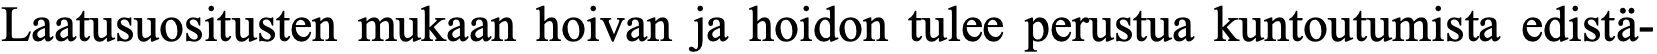
Laatusuositusten mukaan hoivan ja hoidon tulee perustua kuntoutumista edistä-